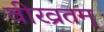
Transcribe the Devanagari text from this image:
वीरव्रतम्‌